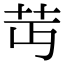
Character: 𦬛